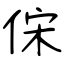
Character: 俕